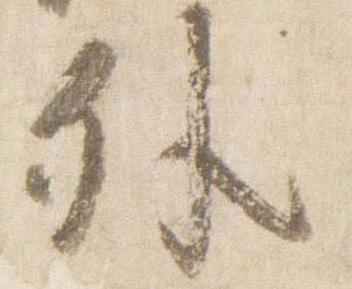
外